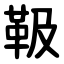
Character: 靸